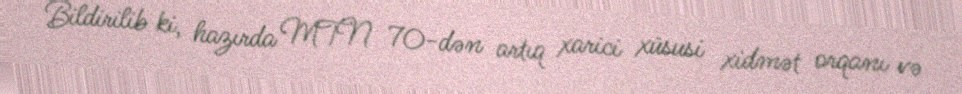
Bildirilib ki, hazırda MTN 70-dən artıq xarici xüsusi xidmət orqanı və